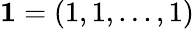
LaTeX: \mathbf{1}=(1,1,...,1)